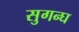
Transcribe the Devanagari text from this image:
सुगन्घ